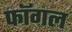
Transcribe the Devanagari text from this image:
फॉगल